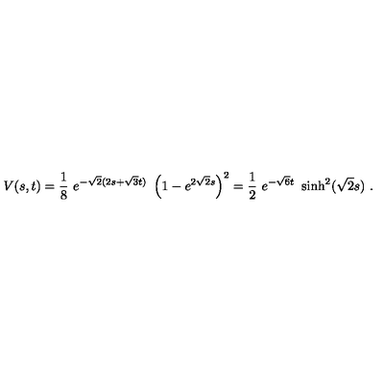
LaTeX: V ( s , t ) = \frac { 1 } { 8 } \ { e ^ { - { \sqrt { 2 } } ( 2 s + { \sqrt { 3 } } t ) } } \ \left( 1 - { e ^ { 2 { \sqrt { 2 } } s } } \right) ^ { 2 } = \frac { 1 } { 2 } \ e ^ { - \sqrt { 6 } t } \ \sinh ^ { 2 } ( \sqrt { 2 } s ) \ .